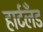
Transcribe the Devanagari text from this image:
हार्टलँड